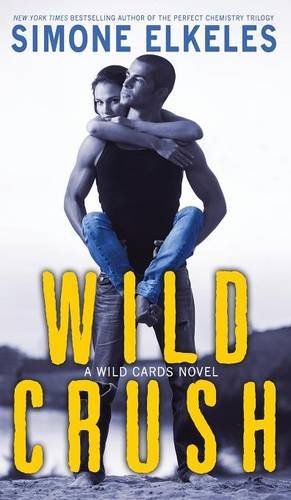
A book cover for Wild Crush; Simone Elkeles; Teen & Young Adult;